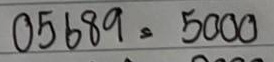
05689 = 5000